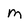
Character: m